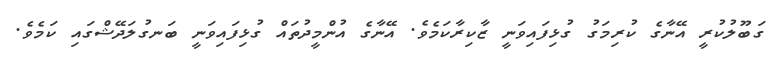
ގަބޫލުކުރީ އޭނާގެ ކުރިމަގު ގުޅިފައިވަނީ ޒާކިރާކަމެވެ. އޭނާގެ އުންމީދުތައް ގުޅިފައިވަނީ ބަނގުލަދޭޝްގައި ކަމެވެ.